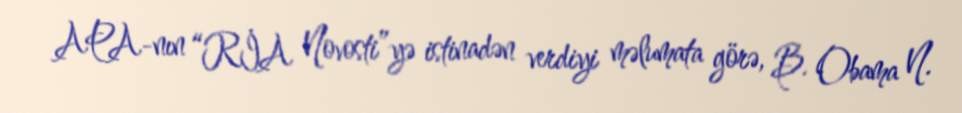
APA-nın “RİA Novosti”yə istinadən verdiyi məlumata görə, B. Obama N.